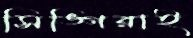
সিঙ্গিরাই